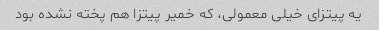
یه پیتزای خیلی معمولی، که خمیر پیتزا هم پخته نشده بود